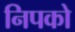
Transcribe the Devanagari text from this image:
निपको